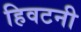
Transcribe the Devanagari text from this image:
हिवटनी